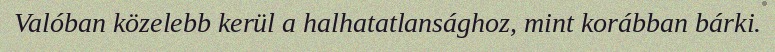
Valóban közelebb kerül a halhatatlansághoz, mint korábban bárki.